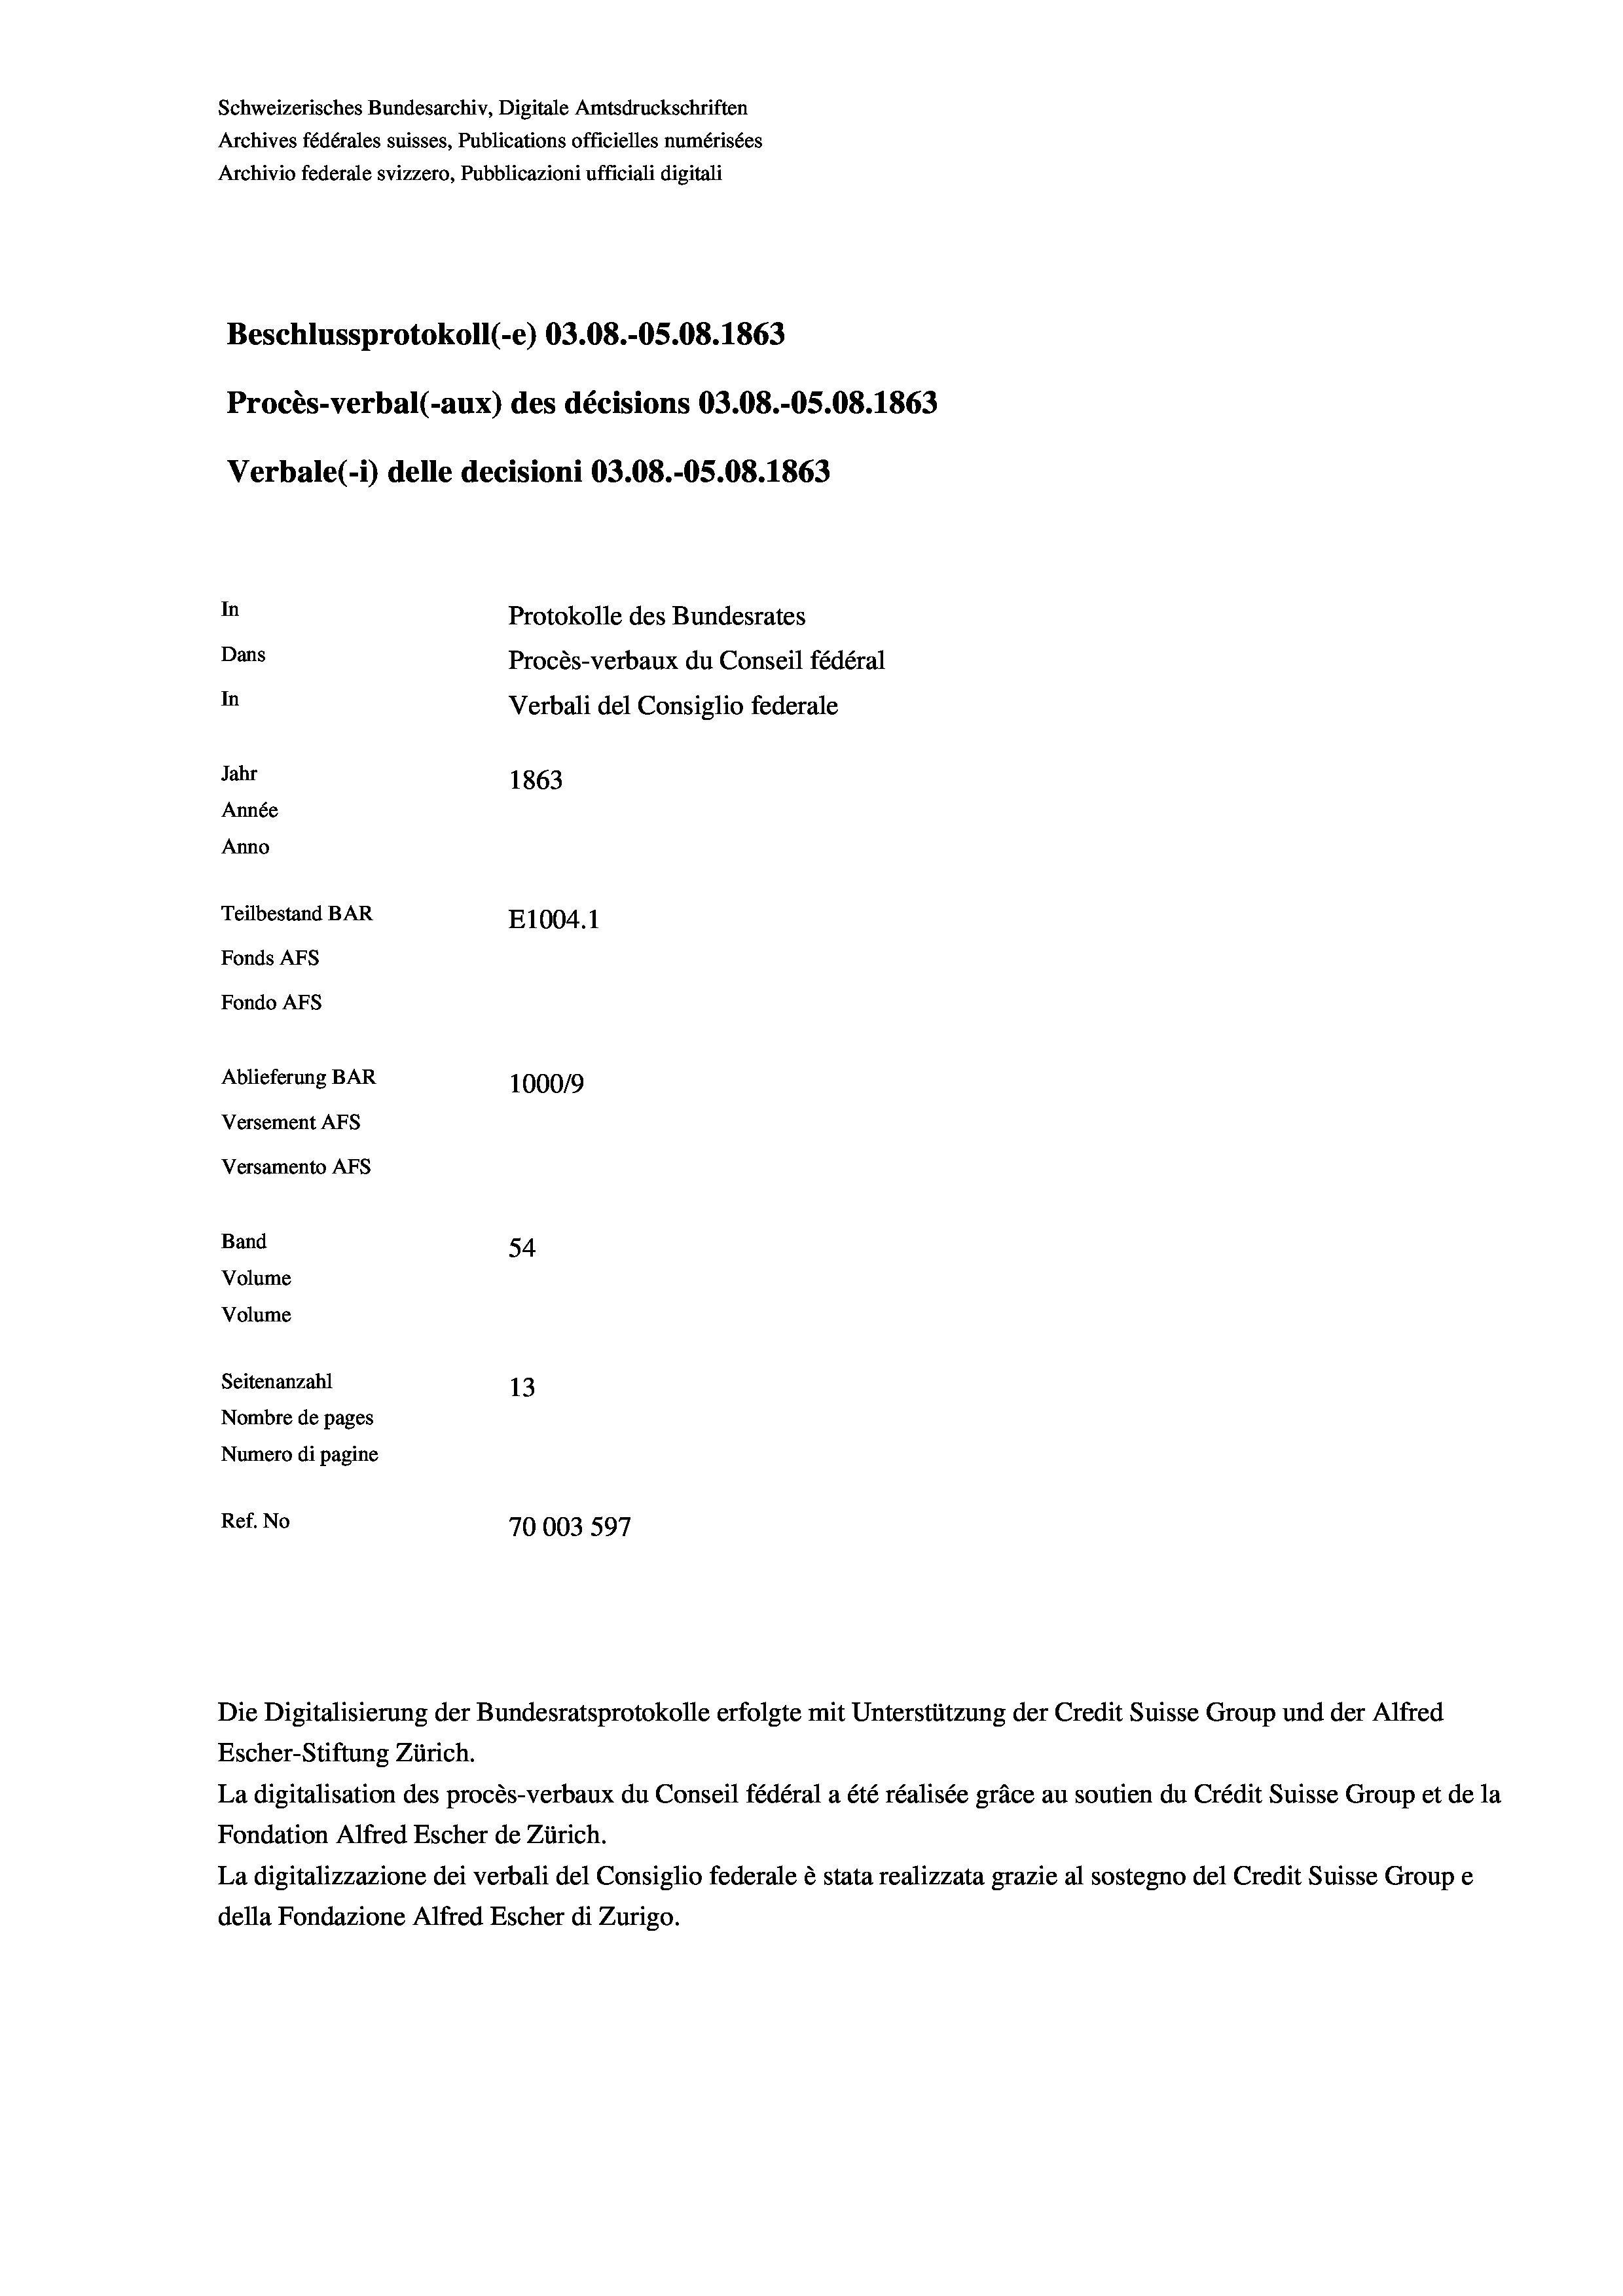
Schweizerisches Bundesarchiv, Digitale Amtsdruckschriften
Archives fédérales suisses, Publications officielles numérisées
Archivio federale svizzero, Pubblicazioni ufficiali digitali
Beschlussprotokoll (-e) 03.08.-OS.08. 1863
Procès-verbal (-aux) des décisions 03.08.-OS.08. 1863
Verbale (- 1) delle decisioni 03.08.-OS.08. 1863
In
Protokolle des Bundesrates
Dans
Procès-verbaux du Conseil fédéral
In
Verbali del Consiglio federale
Jahr
1863
Année
Anno
Teilbestand BAR
E1004. 1
Fonds AFs
Fondo AFS
Ablieferung BAR
100019
Versement AFs
Versamento AFs

Band
Volume
Volume

54
Seitenanzahl
13
Nombre de pages
Numero di pagine
Ref. No
70003 597

Escher-Stiftung Zürich.
La digitalisation des procès-verbaux du Conseil fédéral a été réalisée gräce au soutien du Crédit Suisse Group et de la
Fondation Alfred Escher de Zürich.
La digitalizzazione dei verbali del Consiglio federale è stata realizzata grazie al sostegno del Credit Suisse Groupe
della Fondazione Alfred Escher di Zurigo.

Die Digitalisierung der Bundesratsprotokolle erfolgte mit Unterstützung der Credit Suisse Group und der Alfred